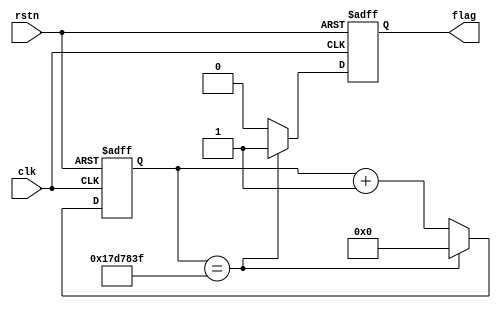
module time_count (
    input   wire        clk     ,
    input   wire        rstn    ,

    output  reg         flag    
);

    
    parameter   MAX_500ms   =   25'd2500_0000;

    reg     [24:0]      cnt_500ms   ;

    always @(posedge clk or negedge rstn) begin
        if(!rstn) begin
            cnt_500ms <= 25'd0;
            flag <= 1'b0;
        end
        else if(cnt_500ms == MAX_500ms - 1'd1) begin
            cnt_500ms <= 25'd0;
            flag <= 1'b1;
        end
        else begin
            cnt_500ms <= cnt_500ms + 1'd1;
            flag <= 1'b0;
        end
    end


endmodule //time_count